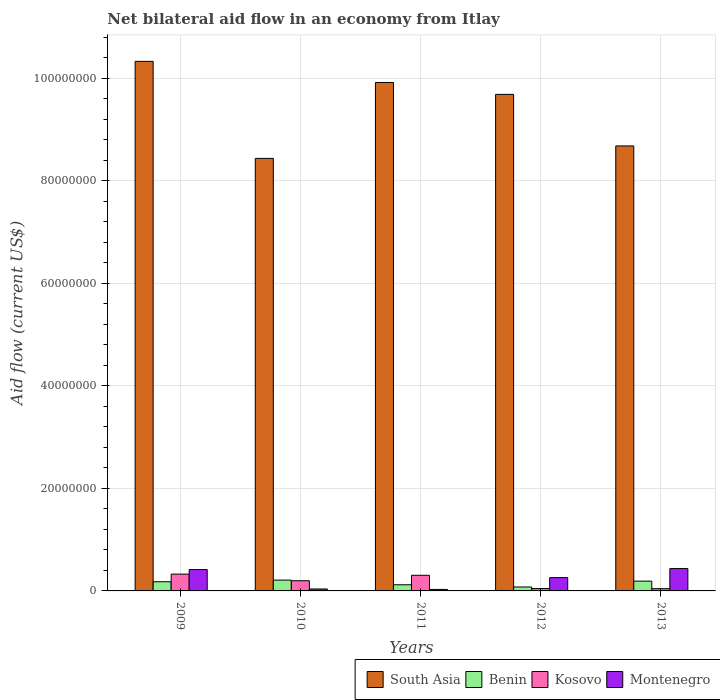
| Years | South Asia | Benin | Kosovo | Montenegro |
 | --- | --- | --- | --- | --- |
 | 2009 | 1.03e+08 | 1.79e+06 | 3.28e+06 | 4.17e+06 |
 | 2010 | 8.44e+07 | 2.11e+06 | 1.99e+06 | 3.8e+05 |
 | 2011 | 9.92e+07 | 1.2e+06 | 3.05e+06 | 2.9e+05 |
 | 2012 | 9.69e+07 | 7.7e+05 | 4.6e+05 | 2.6e+06 |
 | 2013 | 8.68e+07 | 1.91e+06 | 4.4e+05 | 4.36e+06 |